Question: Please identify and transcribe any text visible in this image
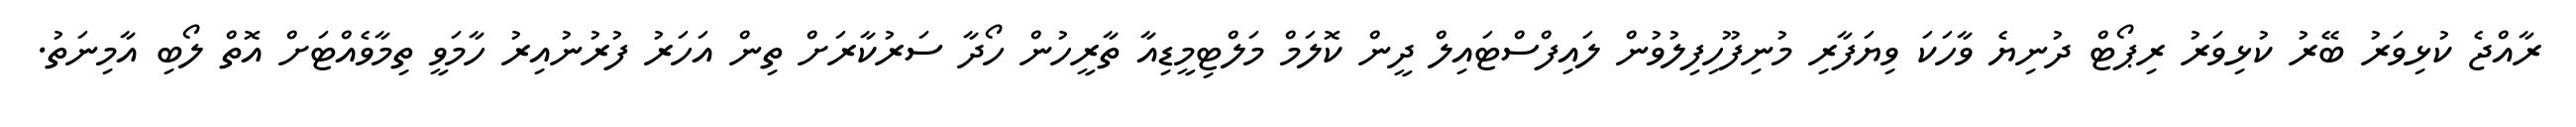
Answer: ރާއްޖެ ކުޅިވަރު ބޭރު ކުޅިވަރު ރިޕޯޓް ދުނިޔެ ވާހަކަ ވިޔަފާރި މުނިފޫހިފިލުވުން ލައިފްސްޓައިލް ދީން ކޮލަމް މަލްޓިމީޑިއާ ތާރީހުން ހޯދާ ސަރުކާރަށް ތިން އަހަރު ފުރުނުއިރު ހާމަވީ ތިމާވެއްޓަށް އޮތް ލޯބި އާމިނަތު.